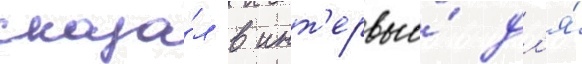
сказа́л в инт'ервью́ дл'я́